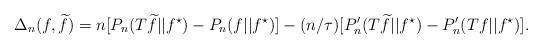
LaTeX: \begin{align*}\Delta_n(f,\widetilde{f}) = n[P_n(T\widetilde{f}||f^{\star})-P_n(f||f^{\star})] - (n/\tau)[P^{\prime}_n(T\widetilde{f}||f^{\star}) - P^{\prime}_n(Tf||f^{\star})].\end{align*}